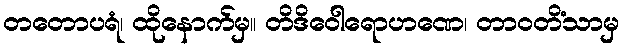
တတောပရံ၊ ထိုနောက်မှ။ တိဒိဝေါရောဟဏေ၊ တာဝတိံသာမှ